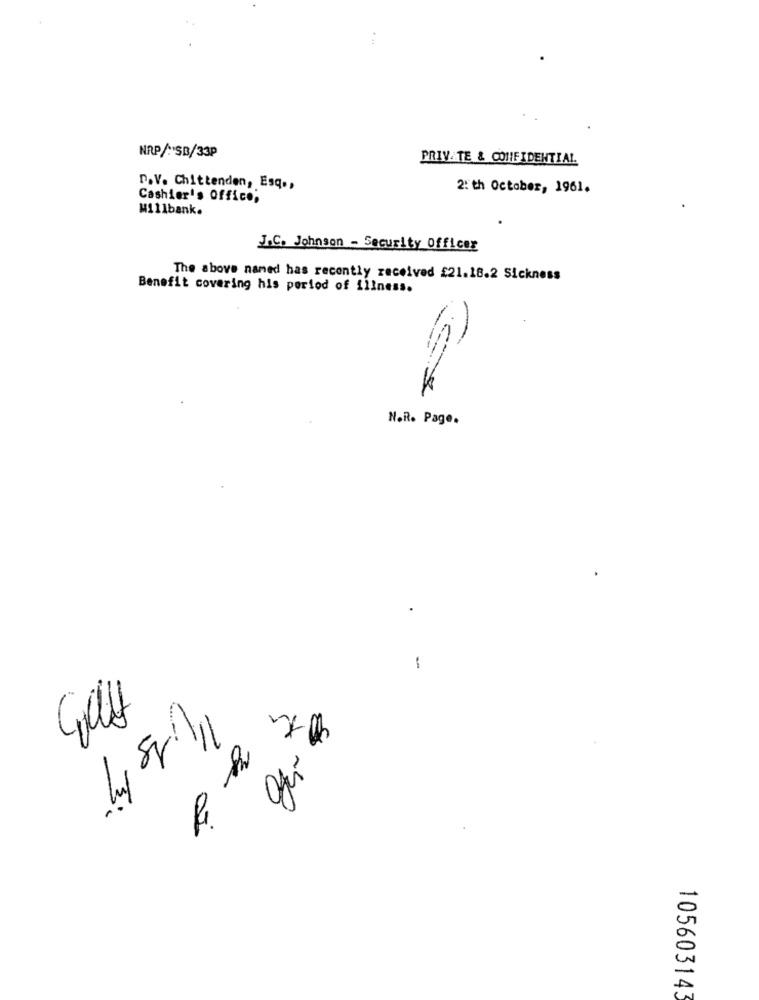
NAP/ :* SB/33P
PRIVATE & CONFIDENTIAL
D.V. Chittenden, Esq .,
2: th October, 1961.
Cashier's Office;
Millbank.
J.C. Johnson - Security Officer
The above named has recently received £21.18.2 Sickness
Benefit covering his period of illness.
N.R. Page.
-
10/11
=
A
105603143